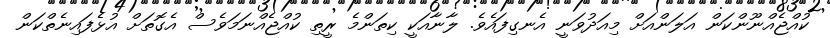
ކުއްޖެއްނޫންކަން އަލަންއަށް މިއަދުވަނީ އެނގިފައެވެ. ލާނާއަކީ ކިތަންމެ ރީތި ކުއްޖެއްނަމަވެސް އެގޮތަށް އުޅެފައިނެތްކަން